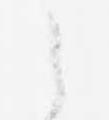
之